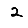
Digit: 2